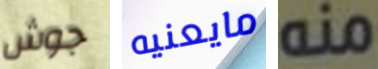
جوش مايعنيه منه